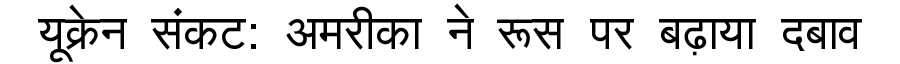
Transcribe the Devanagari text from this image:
यूक्रेन संकट: अमरीका ने रूस पर बढ़ाया दबाव